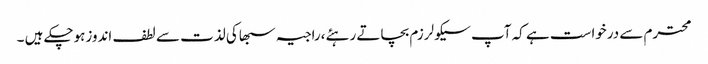
محترم سے درخواست ہے کہ آپ سیکولرزم بچاتے رہئے،راجیہ سبھاکی لذت سے لطف اندوزہوچکے ہیں ۔